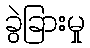
ခွဲခြားမှု